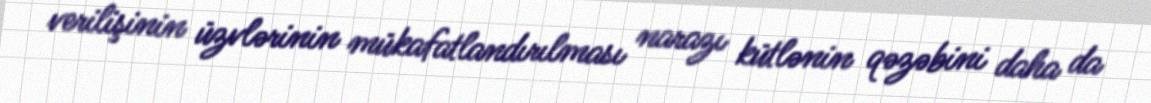
verilişinin üzvlərinin mükafatlandırılması narazı kütlənin qəzəbini daha da